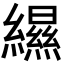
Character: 𦆴